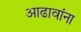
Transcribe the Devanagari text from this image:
आढावांना